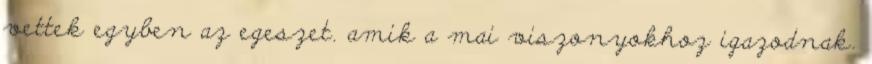
vettek egyben az egeszet. amik a mai viszonyokhoz igazodnak.